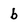
Character: b